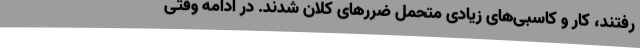
رفتند، کار و کاسبی‌های زیادی متحمل ضررهای کلان شدند. در ادامه وقتی